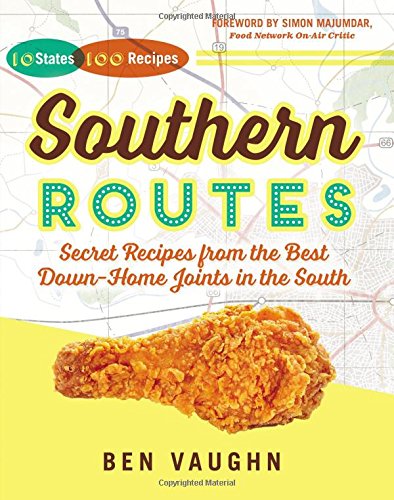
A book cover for Southern Routes: Secret Recipes from the Best Down-Home Joints in the South; Ben Vaughn; Cookbooks, Food & Wine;